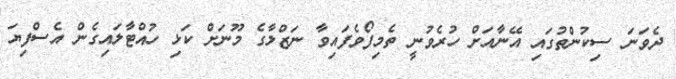
ދެވަނަ ސިކުންތުގައި އޭނާއަށް ހުރެވުނީ ތެމިފޯވެފައިވާ ނަޒްލާގެ މޫނަށް ކަޅި ހުއްޓާލައިގެން އެސްފިޔަ